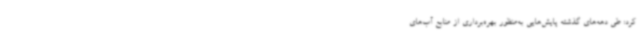
کرد: طی دهه‌های گذشته پایش‌هایی به‌منظور بهره‌برداری از منابع آب‌های